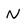
Character: N